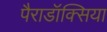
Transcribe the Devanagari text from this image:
पैराडॉक्सिया